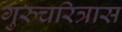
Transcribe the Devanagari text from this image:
गुरुचरित्रास